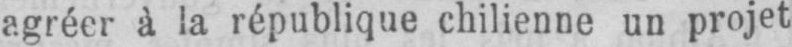
agréer à la république chilienne un projet